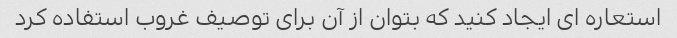
استعاره ای ایجاد کنید که بتوان از آن برای توصیف غروب استفاده کرد